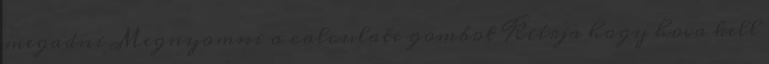
megadni Megnyomni a calculate gombot Kiírja hogy hova kell